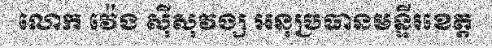
លោក វ៉េង ស៊ីសុវង្ស អនុប្រធានមន្ទីរខេត្ត